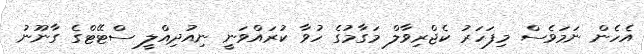
އެހެން ނަމަވެސް މިފަހަރު ކެޖްރިވާލް މަގާމުގެ ހުވާ ކުރައްވަނީ ނިއުދިއްލީ ސްޓޭޓްގެ ގާނޫނު